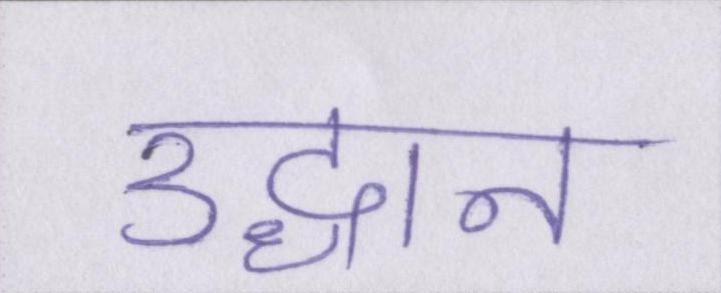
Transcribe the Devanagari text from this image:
उद्धान